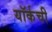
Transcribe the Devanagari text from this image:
यॉर्कची